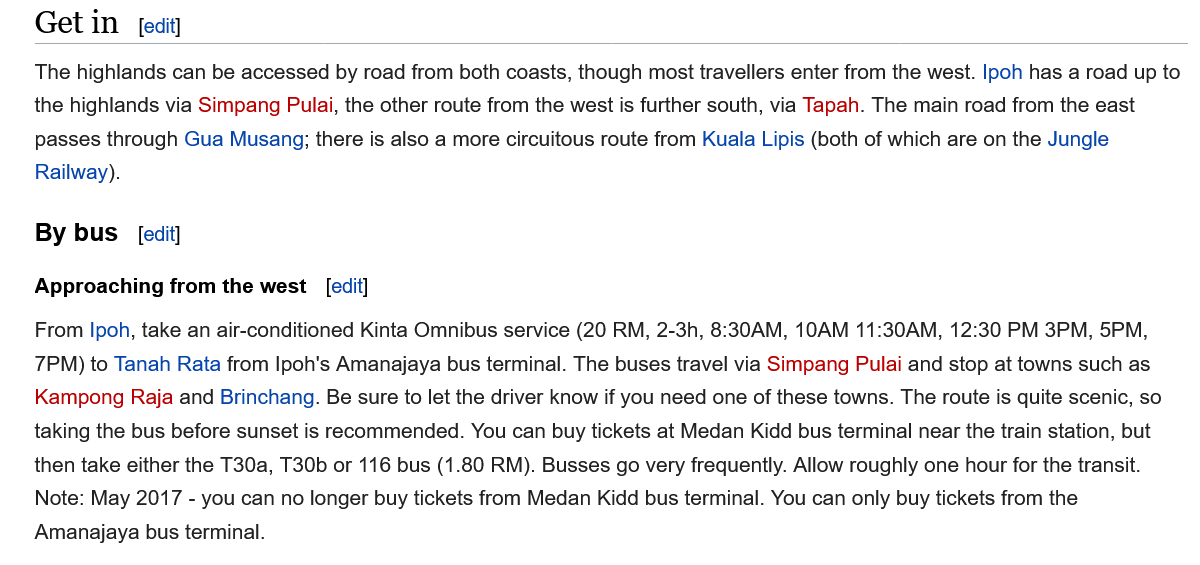
The highlands can be accessed by road from both coasts, though most travellers enter from the west. Ipoh has a road up to
    the highlands via Simpang Pulai, the other route from the west is further south, via Tapah. The main road from the east
    passes through Gua Musang; there is also a more circuitous route from Kuala Lipis (both of which are on the Jungle
    Railway).
    Get  in  [edit]
    By bus   [edit]
    Approaching from the west [edit]
    From Ipoh, take an air-conditioned Kinta Omnibus service (20 RM, 2-3h, 8:30AM, 10AM 11:30AM, 12:30 PM 3PM, 5PM,
    7PM) to Tanah Rata from Ipoh's Amanajaya bus terminal. The buses travel via Simpang Pulai and stop at towns such as.
    Kampong Raja and Brinchang. Be sure to let the driver know if you need one of these towns. The route is quite scenic, so
    taking the bus before sunset is recommended. You can buy tickets at Medan Kidd bus terminal near the train station, but
    then take either the T30a, T30b or 116 bus (1.80 RM). Busses go very frequently. Allow roughly one hour for the transit.
    Note: May 2017
     -
     you can no longer buy tickets from Medan Kidd bus terminal. You can only buy tickets from the
    Amanajaya bus terminal.